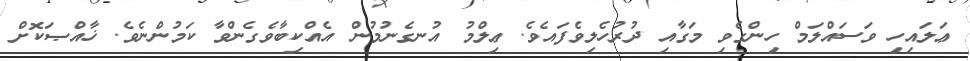
ޢަލައިހި ވަސައްލަމް ހިންގެވި މަގާއި ދުރުހެލިވެފައެވެ. ޢިލްމު އުނގެނުމުން އެއްކިބާވެގެންވާ ކަމުންނެވެ. ޚާއްޞަކޮށް